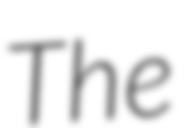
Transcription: The